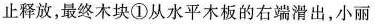
止释放，最终木块①从水平木板的右端滑出，小丽